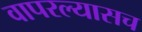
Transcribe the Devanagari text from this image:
वापरल्यासच